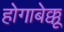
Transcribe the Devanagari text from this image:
होगाबेक्कू